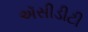
ઍસીડીટી